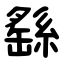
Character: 繇